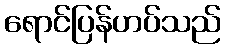
ရောင်ပြန်ဟပ်သည်